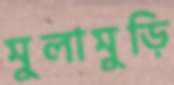
মুলামুড়ি